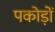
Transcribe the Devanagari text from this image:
पकोड़ों